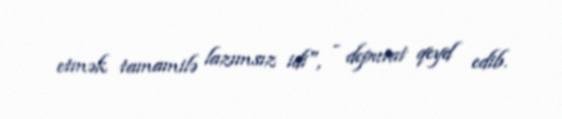
etmək tamamilə lazımsız idi", - deputat qeyd edib.